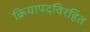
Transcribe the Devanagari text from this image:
क्रियापदविरहित